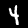
Label: 4